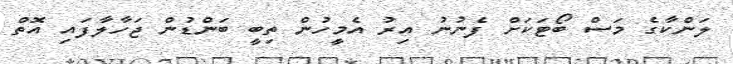
ލަންކާގެ މަސް ބޯޓަކަށް ފެނުނު އިރު އެމީހުން ތިބީ ބަންޑުން ޖަހާލާފައި އޮތް